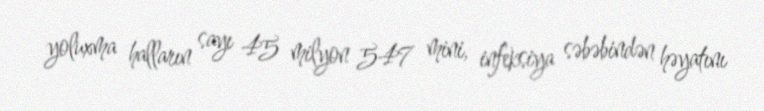
yoluxma halların sayı 45 milyon 547 mini, infeksiya səbəbindən həyatını